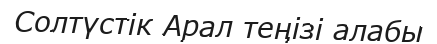
Солтүстік Арал теңізі алабы